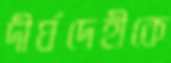
দীর্ঘদেহীকে